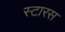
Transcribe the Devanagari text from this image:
स्टारस